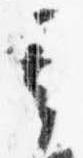
其